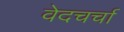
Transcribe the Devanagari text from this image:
वेदचर्चा